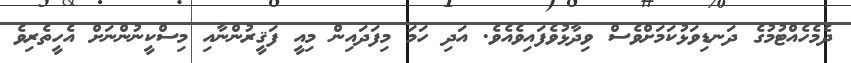
ދެމެހެއްޓުމުގެ ދަނޑިވަޅުކަމަށްވެސް ވިދާޅުވެފައިވެއެވެ. އަދި ހަމަ މިފަދައިން މިއީ ފަޤީރުންނާއި މިސްކީނުންނަށް އެހީތެރިވެ